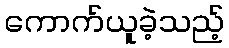
ကောက်ယူခဲ့သည့်